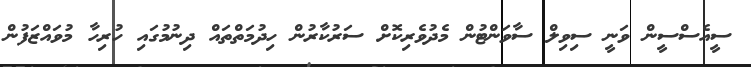
ސީއެސްސީން ވަނީ ސިވިލް ސާވަންޓުން މެދުވެރިކޮށް ސަރުކާރުން ހިދުމަތްތައް ދިނުމުގައި ހުރިހާ މުވައްޒަފުން